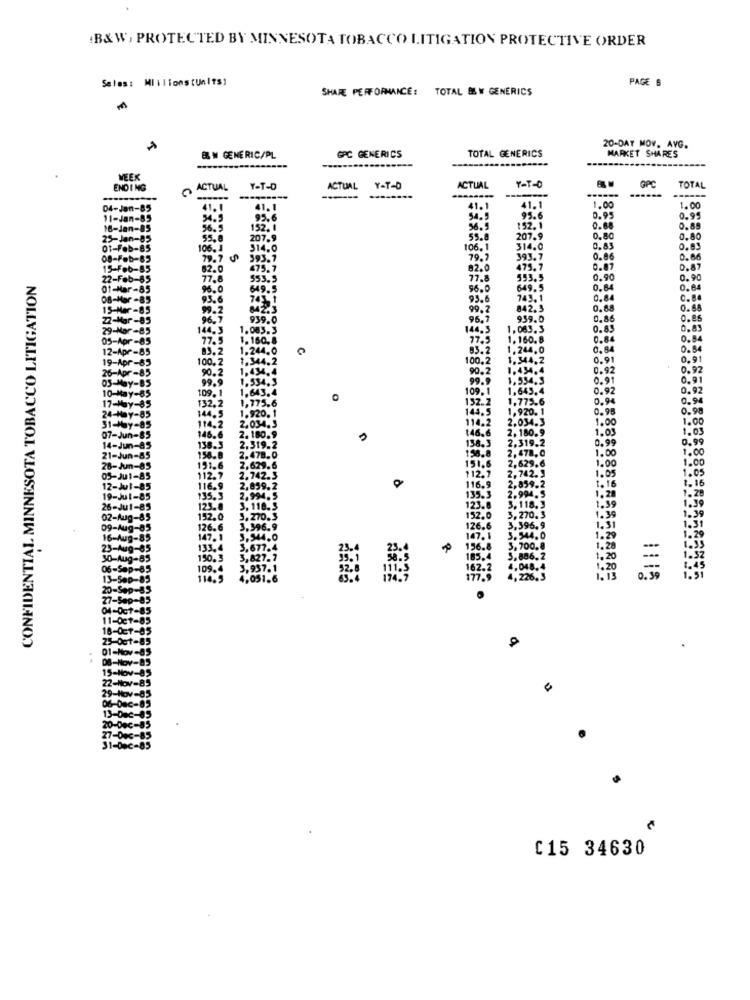
B&W, PROTECTED BY MINNESOTA TOBACCO LITIGATION PROTECTIVE ORDER
Sales: Mlilions (Units)
PAGE 6
SHARE PERFORMANCE: TOTAL BS W GENERICS
GPC GENERICS
TOTAL GENERICS
20-DAY MOV. AVG.
MARKET SHARES
B& W GENERIC/PL
----
WEEK
GPC
ENDING
ACTUAL
Y-T-D
ACTUAL Y-T-D
ACTUAL
ACTUAL
YOT-0
......
TOTAL
---
-----
------
04-Jan-85
41. 4
41.1
41.1
41.1
1.00
1.00
11-Jan-85
54.5
95.6
54.5
95.6
0.95
0.99
16-Jan-85
56.5
152. 1
56.5
152. 1
0.00
0.85
25-Jan-85
55.8
207.9
55.8
207.9
0.80
0.80
01-Feb-85
106. 1
314.0
106. 1
314.0
0.8
0.83
08-Feb-85
79.7
393.7
79.7
393.7
0.86
0.66
15-Feb-85
82.0
475.7
82.0
0.87
0.87
CONFIDENTIAL MINNESOTA TOBACCO LITIGATION
22-Feb-85
77.8
553.5
77.8
553.5
0.90
0.90
01-Mar-85
96.0
649.5
649.5
0.84
0.84
08-Mar -85
95.6
93.
743.1
0.64
0.84
15-Mar -85
99.2
842.3
99.
842.5
0.88
0.68
96.
939.0
96.9
939.0
0.86
0.85
144.3
1.083.3
144,3
1.083.3
0.85
0.83
77.5
1.160.8
77.5
1.160.8
0.84
0.8
83.2
1.244.0
83.2
1.244,0
0.04
0.84
100.2
100.2
1.344,2
0.91
0.91
90.2
1,43
90.2
0.92
99.
99.
1,534.3
0.9
0 .9
0.91
109.
109. 1
1,645,4
0.92
0.92
32.2
1,775.6
C
132.2
1.775
0,94
0.94
44.5
1.920. 1
144.5
1,920. 1
0.95
0.98
14,2
2.034.3
114.2
2.034.3
1.00
146.6
2,180.9
1.00
1.03
1.03
2.180.9
146.6
138.3
2.319.2
0.99
136.3
2.319.2
158.8
2,478.0
0.99
1.00
158.8
2.478.0
1.00
1.00
1.00
191.6
2.629.6
151.6
112.7
2,629.6
112.7
2.742.3
116.9
2,742.9
1.05
116.9
2,859.2
2,859.2
1. 16
135.3
2,994.5
135.3
2.994.5
1.28
123.8
3,118.5
123.
18.3
1.99
152.0
3.270.3
70.3
1.39
126.
3.396.9
1.31
147.1
3.544.0
1.29
133,4
3.677.4
1.20
150.
,827.7
. 20
109.
3,93
110
4,051.6
1115
[15 34630